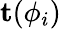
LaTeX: \mathbf{t}(\phi_{i})